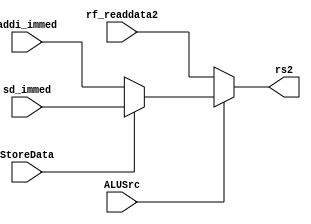
`timescale 1ns / 1ps



module mux_alu(
    
    ALUSrc, StoreData,
    rf_readdata2, 
    sd_immed, addi_immed, 
    rs2
    );
    
    input [63:0] rf_readdata2;
    input [63:0] sd_immed; 
    input [63:0] addi_immed;
    input ALUSrc;
    input StoreData;
    output [63:0] rs2;
    
    assign rs2 = ALUSrc ? ((StoreData) ? sd_immed : addi_immed) : rf_readdata2;

endmodule